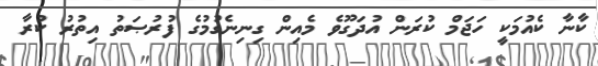
ކާނާ ކެއުމަކީ ހަޖަމް ކުރަން އުދަގޫވެ މެއިން ގިނިނެގުމުގެ ފުރުޞަތު އިތުރު ކުރާ